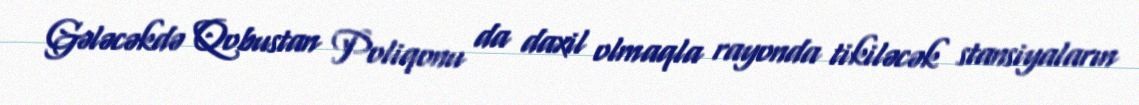
Gələcəkdə Qobustan Poliqonu da daxil olmaqla rayonda tikiləcək stansiyaların